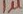
Text: 1µF